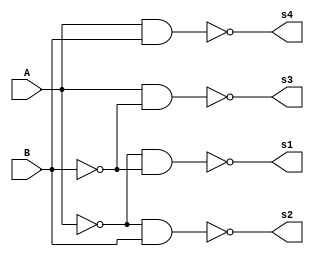
module digits_decoder(
input A,B,
output s1,s2,s3,s4 
);
not not1(A1,A);
not not2(B1,B);
nand and1(s1,A1,B1);
nand and2(s2,A1,B);
nand and3(s3,A,B1);
nand and4(s4,A,B);
endmodule